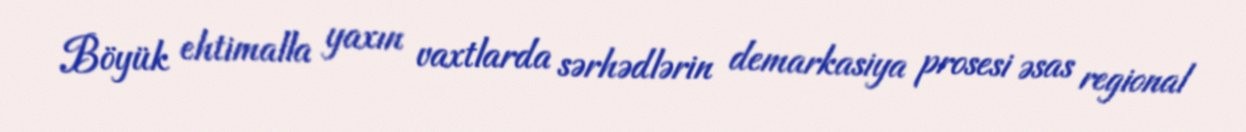
Böyük ehtimalla yaxın vaxtlarda sərhədlərin demarkasiya prosesi əsas regional